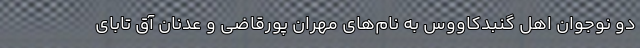
دو نوجوان اهل گنبدکاووس به نام‌های مهران پورقاضی و عدنان آق تابای